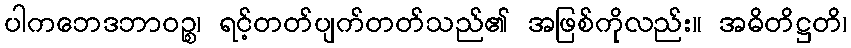
ပါကဘေဒဘာဝဉ္စ၊ ရင့်တတ်ပျက်တတ်သည်၏ အဖြစ်ကိုလည်း။ အဓိတိဋ္ဌတိ၊